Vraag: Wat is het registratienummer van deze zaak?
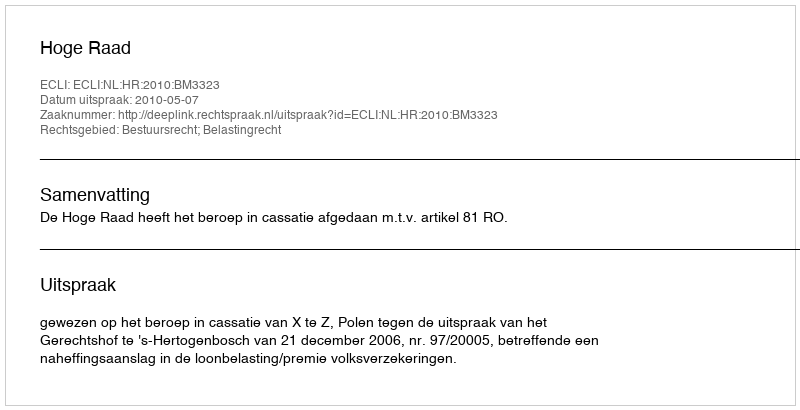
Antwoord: http://deeplink.rechtspraak.nl/uitspraak?id=ECLI:NL:HR:2010:BM3323